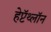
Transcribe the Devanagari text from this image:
हेप्टॅथ्‍लॉन